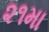
૨૧મા